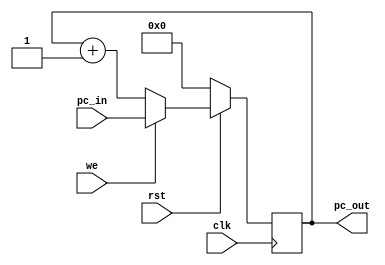
//pc.v
// we = write enable
module pc(pc_in,pc_out,we,clk,rst);
	input [7:0] pc_in;
	input we;
	input clk,rst;
	output reg [7:0] pc_out;

	always @(posedge clk) begin
		if(!rst) begin
			pc_out<=0;
		end else begin
			if(we)begin
				pc_out<=pc_in;
			end else begin
				pc_out<=pc_out + 1;
			end
		end
	end
endmodule